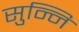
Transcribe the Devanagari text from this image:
सुन्नि